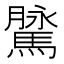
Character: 𩥔